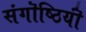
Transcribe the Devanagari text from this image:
संगॊष्ठियॊं